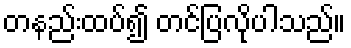
တနည်းထပ်၍ တင်ပြလိုပါသည်။